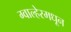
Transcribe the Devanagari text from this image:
ग्वाल्हेरमधून